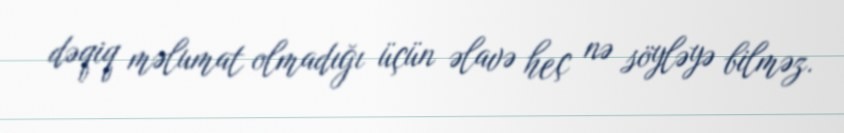
dəqiq məlumat olmadığı üçün əlavə heç nə söyləyə bilməz.